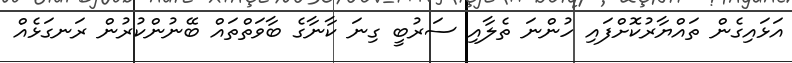
އަޅައިގެން ތައްޔާރުކޮށްފައި ހުންނަ ތެލާއި ސަރުބީ ގިނަ ކާނާގެ ބާވަތްތައް ބޭނުންކުރުން ރަނގަޅެއް